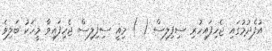
އުފެދުމުގައި ޖެހިފައިހުރި ސިފިލިސް ( ) މިއީ ސިފިލިސް ޖެހިފައިވާ މީހަކު ބަލިވެ